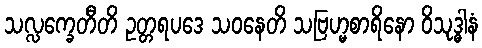
သလ္လက္ခေတီတိ ဥတ္တရပဒေ သဝနေတိ သဗြဟ္မစာရိနော ဝိသုဒ္ဓါနံ